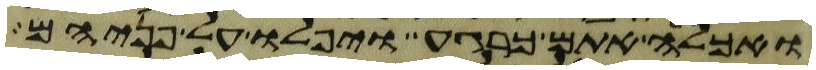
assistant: ואכלה אתם כרגע ויפלו על פניהם